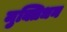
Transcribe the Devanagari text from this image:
मुक्तिधन